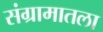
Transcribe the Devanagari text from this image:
संग्रामातला